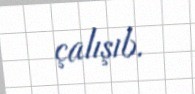
çalışıb.